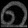
Digit: ၈